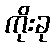
ကိုးခု